Malaria in the Punjab - Number 46
Disease focus: Malaria
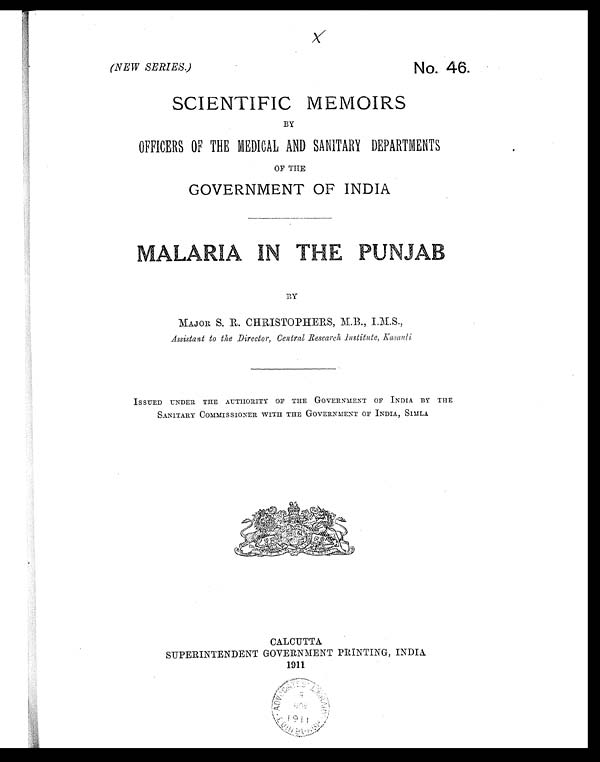
X
(NEW SERIES.)
No. 46.
S C I E N T I F I C M E M O I R S
BY
OFFICERS OF THE MEDICAL AND SANITARY DEPARTMENTS
OF THE
GOVERNMENT OF INDIA
M A L A R I A I N T H E P U N J A B
BY
MAJOR S. R. CHRISTOPIIERS, M.B., I.M.S.,
Assistant to the Director, Central Research institute, Kasauli
ISSUED UNDER THE AUTHORITY OF THE GOVERNMENT OF INDIA BY THE
SANITARY COMMISSIONER WITH THE GOVERNMENT OF INDIA, SIMLA
CALCUTTA
SUPERINTENDENT GOVERNMENT PRINTING, INDIA
1911